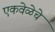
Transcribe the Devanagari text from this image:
एकवेळेचे